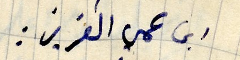
ابن عمي العزيز: